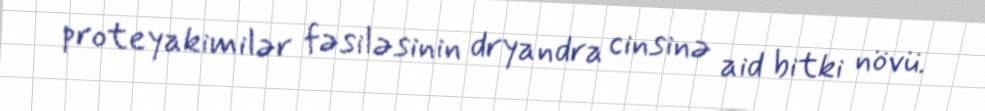
proteyakimilər fəsiləsinin dryandra cinsinə aid bitki növü.